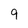
Character: 9